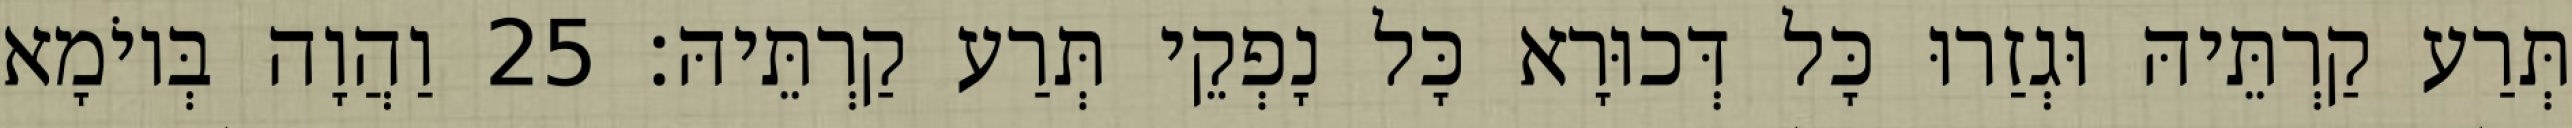
תְּרַע קַרְתֵּיהּ וּגְזַרוּ כָּל דְּכוּרָא כָּל נָפְקֵי תְּרַע קַרְתֵּיהּ׃ 25 וַהֲוָה בְּיוֹמָא